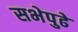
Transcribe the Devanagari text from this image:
सभेपुढे